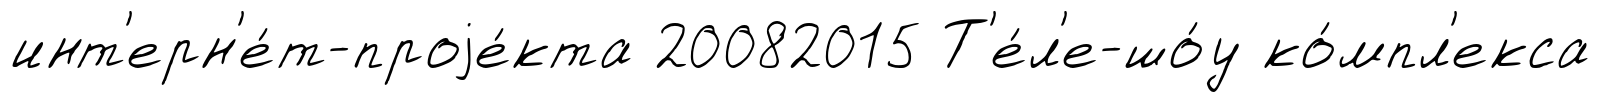
инт'ерн'е́т-проjе́кта 20082015 Т'е́л'е-шо́у ко́мпл'екса